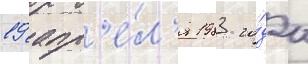
19 апр'е́л'я 1983 го́да